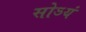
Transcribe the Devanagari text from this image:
सोऽयं